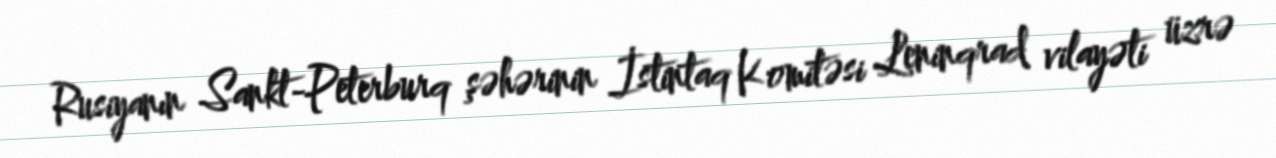
Rusiyanın Sankt-Peterburq şəhərinin İstintaq Komitəsi Leninqrad vilayəti üzrə